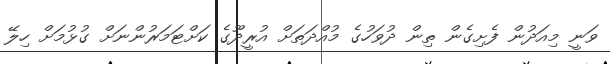
ވަނީ މިއަދުން ފެށިގެން ތިން ދުވަހުގެ މުއްދަތަށް އުރީދޫގެ ކަށްޓަމަރުންނަށް ގުޅުމަށް ހިލޭ